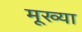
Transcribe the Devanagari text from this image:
मूख्या